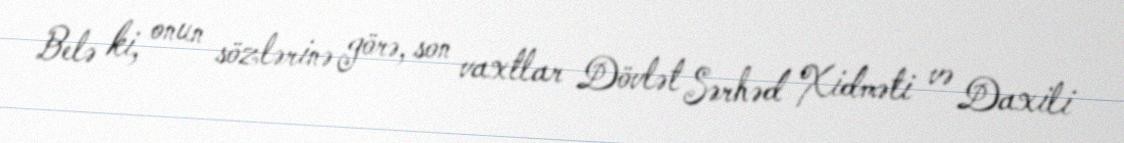
Belə ki, onun sözlərinə görə, son vaxtlar Dövlət Sərhəd Xidməti və Daxili